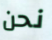
نحن